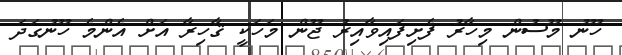
ހޫނު މޫސުން މިހާރު ފެށިފައިވާއިރު ޖޫން މަހަކީ ޤާހިރާ އަށް އެންމެ ހޫނުގަދަ